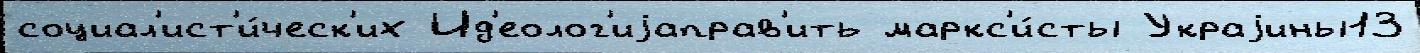
социал'ист'и́ческ'их Ид'еолог'иjаправ'ить маркс'и́сты Украjины13